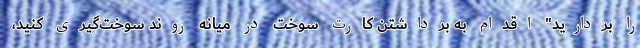
را بردارید" اقدام به برداشتن کارت سوخت در میانه روند سوخت‌گیری کنید،